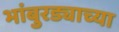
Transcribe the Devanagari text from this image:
भांबुरड्याच्‍या